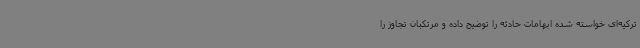
ترکیه‌ای خواسته شده ابهامات حادثه را توضیح داده و مرتکبان تجاوز را